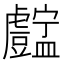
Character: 𧈚